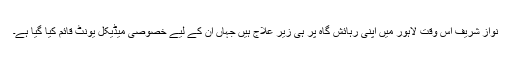
نواز شریف اس وقت لاہور میں اپنی رہائش گاہ پر ہی زیر علاج ہیں جہاں ان کے لیے خصوصی میڈیکل یونٹ قائم کیا گیا ہے۔